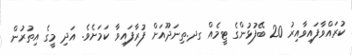
ކުރައްވާފައިވާއިރު 20 ބޭފުޅުންގެ ޓީމެއް ގދ.ތިނަދޫއަށް ފުރާފައިވާ ކަމަށެވެ. އަދި މީގެ އިތުރުން